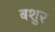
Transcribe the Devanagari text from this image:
बशुर